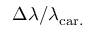
\Delta \lambda / \lambda _ { \mathrm { c a r . } }